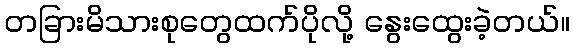
တခြားမိသားစုတွေထက်ပိုလို့ နွေးထွေးခဲ့တယ်။